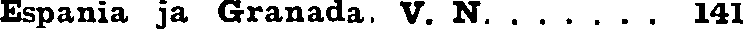
Espania ja Granada. V. N. . . . . . . 141